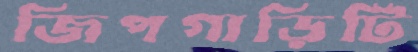
জিপগাড়িটি